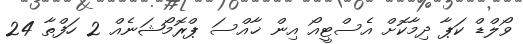
ވޯލްޑް ކަޕާ ދިމާކޮށް އެސްޓީއޯ އިން ޚާއްސަ ޕްރޮމޯޝަނެއް 2 ހަފްތާ 24